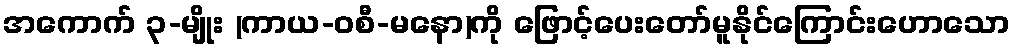
အကောက် ၃-မျိုး (ကာယ-ဝစီ-မနော)ကို ဖြောင့်ပေးတော်မူနိုင်ကြောင်းဟောသော